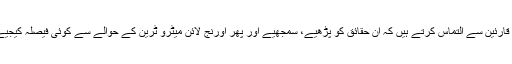
ہم قارئین سے التماس کرتے ہیں کہ ان حقائق کو پڑھیے، سمجھیے اور پھر اورنج لائن میٹرو ٹرین کے حوالے سے کوئی فیصلہ کیجیے۔